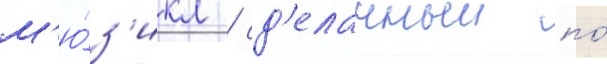
м'ю́з'икл / сд'еланныи по́